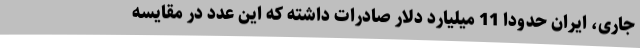
جاری، ایران حدودا 11 میلیارد دلار صادرات داشته که این عدد در مقایسه